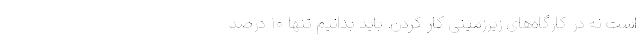
است نه در کارگاه‌های زیرزمینی کار کردن. باید بدانیم تنها ۱۰ درصد